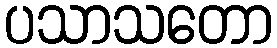
ပသာသတော